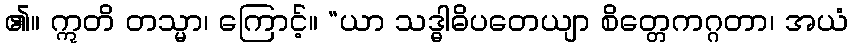
၏။ ဣတိ တသ္မာ၊ ကြောင့်။ “ယာ သဒ္ဓါဓိပတေယျာ စိတ္တေကဂ္ဂတာ၊ အယံ